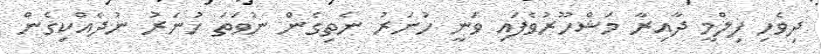
ދިވެހި ފިލްމީ ދާއިރާ މަޝްހޫރުވެފައި ވަނީ ހުނަރު ނެތިގެން ނުވަތަ ހުނަރު ނުދެއްކިގެން